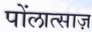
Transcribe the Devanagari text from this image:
पोंलात्साज़